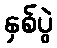
နှစ်ပွဲ